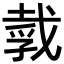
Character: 𪭒